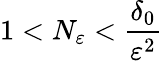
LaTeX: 1<N_{\varepsilon}<\frac{\delta_{0}}{\varepsilon^{2}}